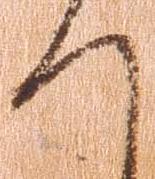
て